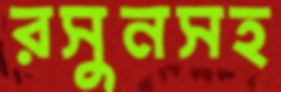
রসুনসহ